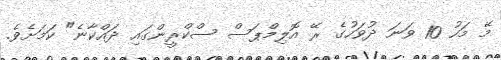
މޭ މަހު 10 ވަނަ ދުވަހުގެ ރޭ އޮލިމްޕަސް ސްކްރީންގައި ދައްކާނެ" ކަމަށެވެ.